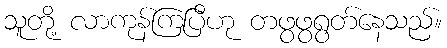
သူတို့ လာကုန်ကြပြီဟု တဖွဖွရွတ်နေသည်။